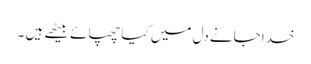
خدا جانے دل میں کیا چھپائے بیٹھے ہیں ۔